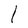
Character: I